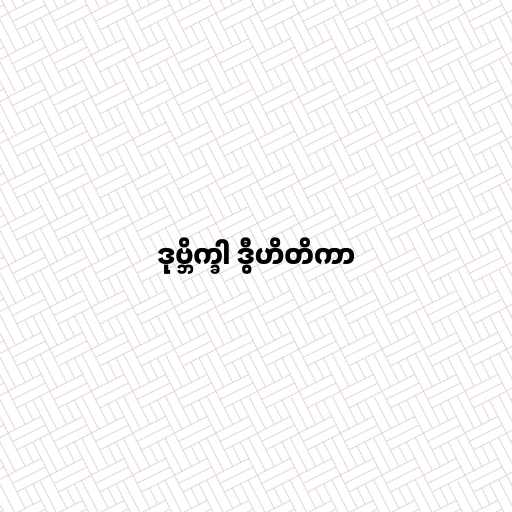
ဒုဗ္ဘိက္ခါ ဒွီဟိတိကာ